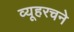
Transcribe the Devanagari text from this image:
व्यूहरचने